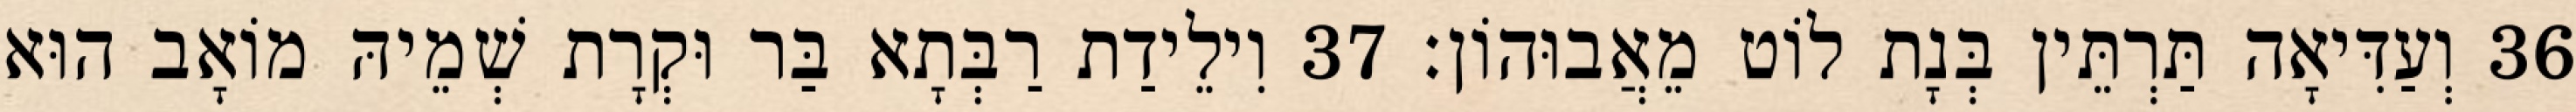
36 וְעַדִּיאָה תַּרְתֵּין בְּנָת לוֹט מֵאֲבוּהוֹן׃ 37 וִילֵידַת רַבְּתָא בַּר וּקְרָת שְׁמֵיהּ מוֹאָב הוּא